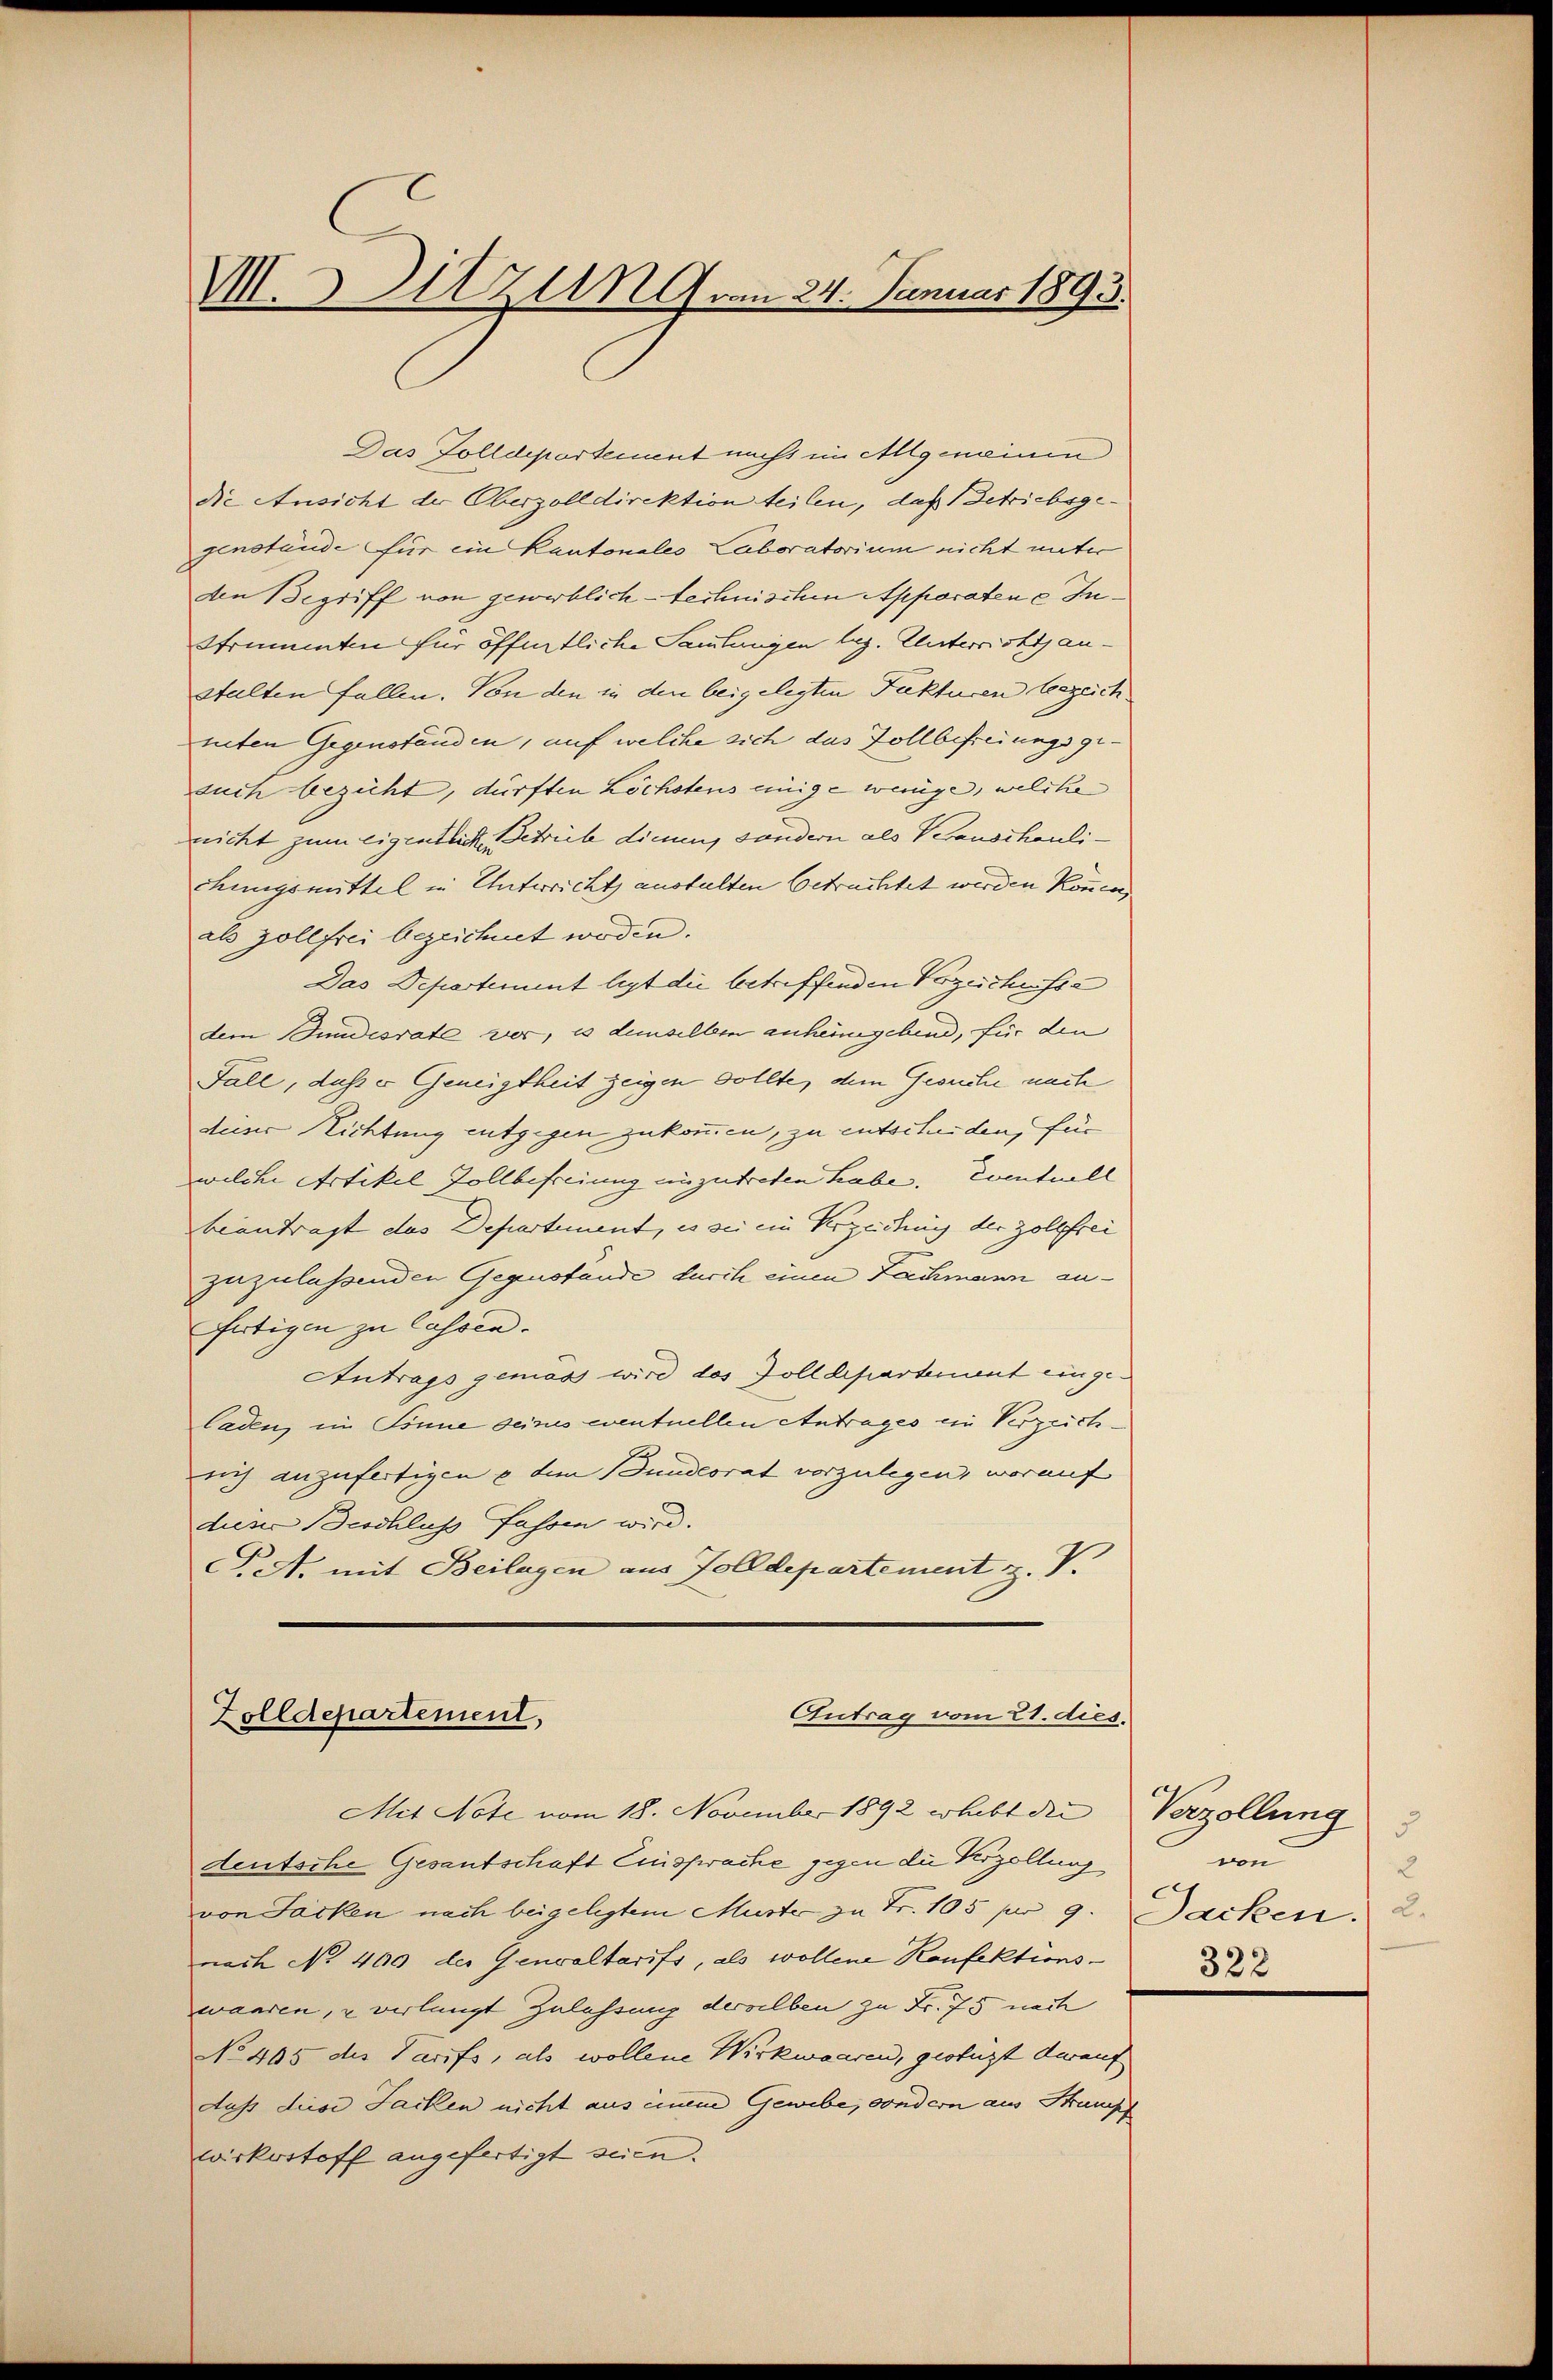
V. Atzen am 24. Januar 1893.

Das Zolldepartement nicht im Allgemeinen
die Ansicht der Oberzolldirektion teilen, daß Betriebsgegenstände für ein Kantonales Laboratorium nicht unter
Aen Begriff von gewerblich-technischen Apparatene In¬
Strummten für öffentliche Sammlungen leg. Unterricht anstalten Fallen. Von den in den beigelegten Fakturen bezeichneten Gegenständen, auf welche sich das Zollbefreiungsgeauch bezieht, dürften Löchstens einige wenige, welche
nicht zum Eigentlichke, Getrieb diesen, sondern als Veranschaulichungsmittel in Unterrichts anstalten betrachtet werden können.
als Zollfrei bezeichnet worden.
Das Departement legt die betreffenden Vorzeichisse
dem Bundesrate vor, es denselben anheimgebend, für den
Fall, daß er Geneigtheit zeigen sollte, dem Gesuche nach
dieser Richtung entgegen zukommen, zu entscheiden, für
welche Artikel Zollbefreiung einzutreten habe. Eventuell
beantragt das Departement, es sei ein Verzeichung der Zollfrei
zuzulassenden Gegenstände durch einen Fachmann aufertigen zu lassen.
Antrags gemas wird des Zolldepartement eingeladen, im Sinne seines eventuellen Antrages ein Verzeichich anzufertigen u dem Bundesrat vorzulegen, worauf
dieser Beschluss fassen wird.
Piete mit Beilagen aus Zolldepartement z. V.
Antrag vom 21. dies.
Zolldepartement,

Mit Note vom 18. November 1892 erhebt die
deutsche Gesantschaft Einsprache gegen die Kerzollung
von Jacken nach beigelegtem Muste zu Fr. 105 pr 9. Jacken: 2.
nach No. 400 des Genvaltarifs, als wollene Konfektionswaaren, u verlangt Zulassung derselben zu Fr. 75 nach
No 405 des Tarifs, als wollene Wirkwaaren, gestüzt darauf
daß diese Facken nicht aus einem Gewebe, sondern aus Strampf
wirkestoff angefertigt seien.

Verzollung
5
von
2
322